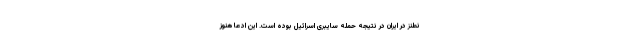
نطنز در ایران در نتیجه حمله سایبری اسرائیل بوده است. این ادعا هنوز